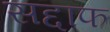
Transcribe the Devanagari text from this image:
सद्दाफ